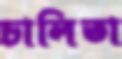
চালিতা